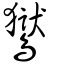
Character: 鸑